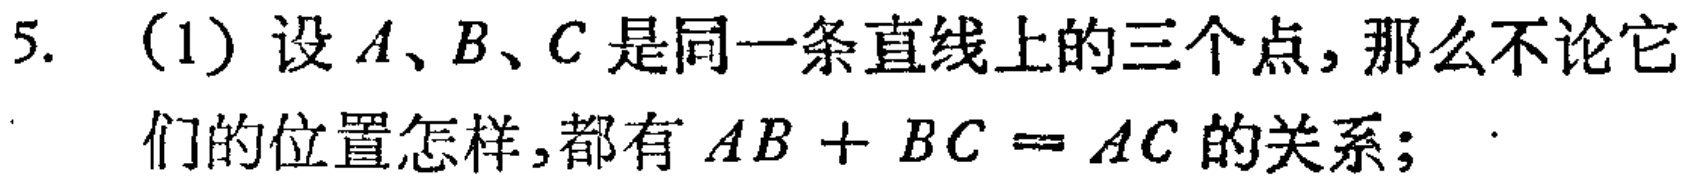
5. （1）设\(A、B、C\)是同一条直线上的三个点，那么不论它们的位置怎样，都有\(AB + BC = AC\)的关系；